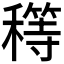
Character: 𥢜